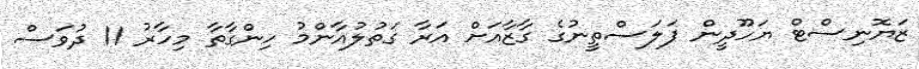
ޒަޔޮނިސްޓް ޔަހޫދީން ފަލަސްތީނުގެ ގާޒާއަށް އަރާ ގަތުލުއާންމު ހިންގާތާ މިހާރު 11 ދުވަސް